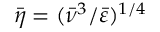
\bar { \eta } = ( \bar { \nu } ^ { 3 } / \bar { \varepsilon } ) ^ { 1 / 4 }